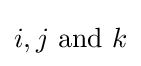
i,j{\text{ and }}k